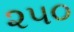
૨૫૦